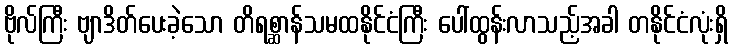
ဗိုလ်ကြီး ဗျာဒိတ်ပေးခဲ့သော တိရစ္ဆာန်သမထနိုင်ငံကြီး ပေါ်ထွန်းလာသည့်အခါ တနိုင်ငံလုံးရှိ